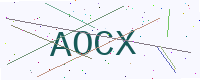
Text: AOCX